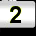
Digit: 2